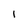
Character: i